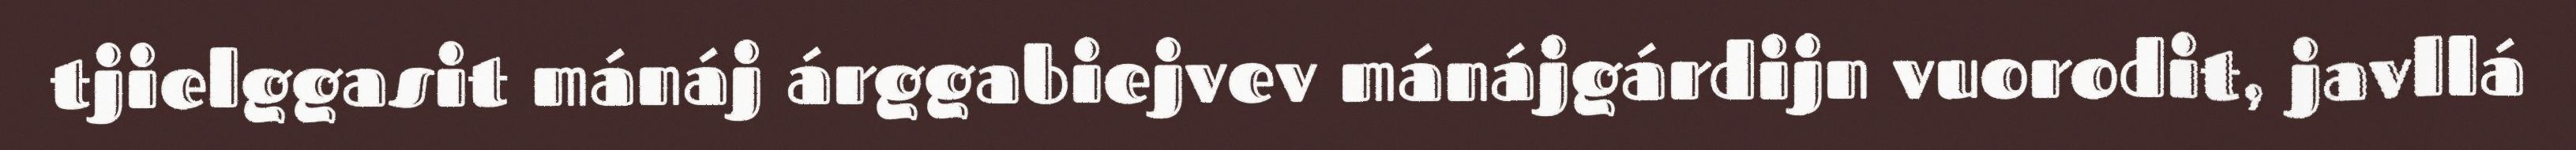
tjielggasit mánáj árggabiejvev mánájgárdijn vuorodit, javllá